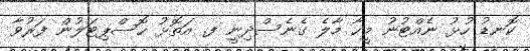
ކޮނޑު ހުޅު ނެއްޓުނު މީހާ މާލެ ގެނެސްދިނީ ފ. އަތޮޅު ހޮސްޕިޓަލުން ފަރުވާ